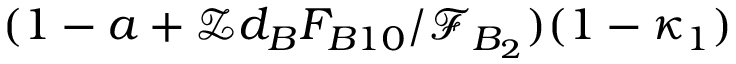
( 1 - a + \mathcal { Z } d _ { B } F _ { B 1 0 } / \mathcal { F } _ { B _ { 2 } } ) ( 1 - \kappa _ { 1 } )